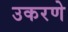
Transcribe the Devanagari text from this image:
उकरणे